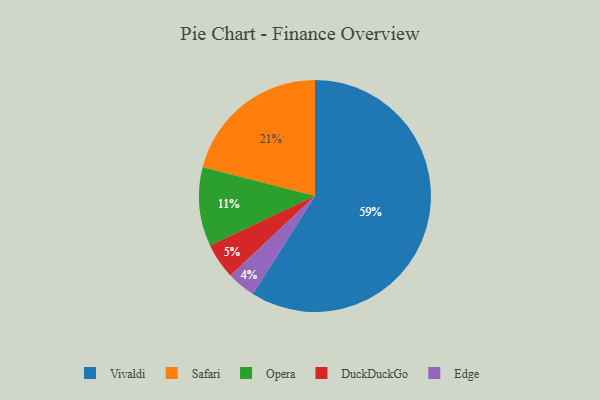
{"axis": {"x": "Category", "y": "Percentage"}, "legend": ["DuckDuckGo", "Edge", "Opera", "Safari", "Vivaldi"], "data": [{"x": "Vivaldi", "y": 59, "type": "Vivaldi"}, {"x": "Safari", "y": 21, "type": "Safari"}, {"x": "Edge", "y": 4, "type": "Edge"}, {"x": "Opera", "y": 11, "type": "Opera"}, {"x": "DuckDuckGo", "y": 5, "type": "DuckDuckGo"}]}